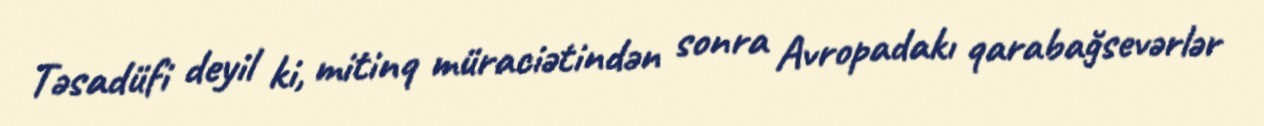
Təsadüfi deyil ki, mitinq müraciətindən sonra Avropadakı qarabağsevərlər